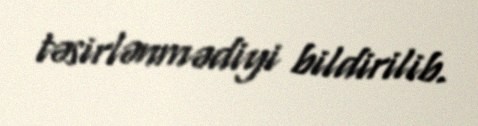
təsirlənmədiyi bildirilib.